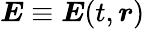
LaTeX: \boldsymbol{E}\equiv\boldsymbol{E}(t,\boldsymbol{r})